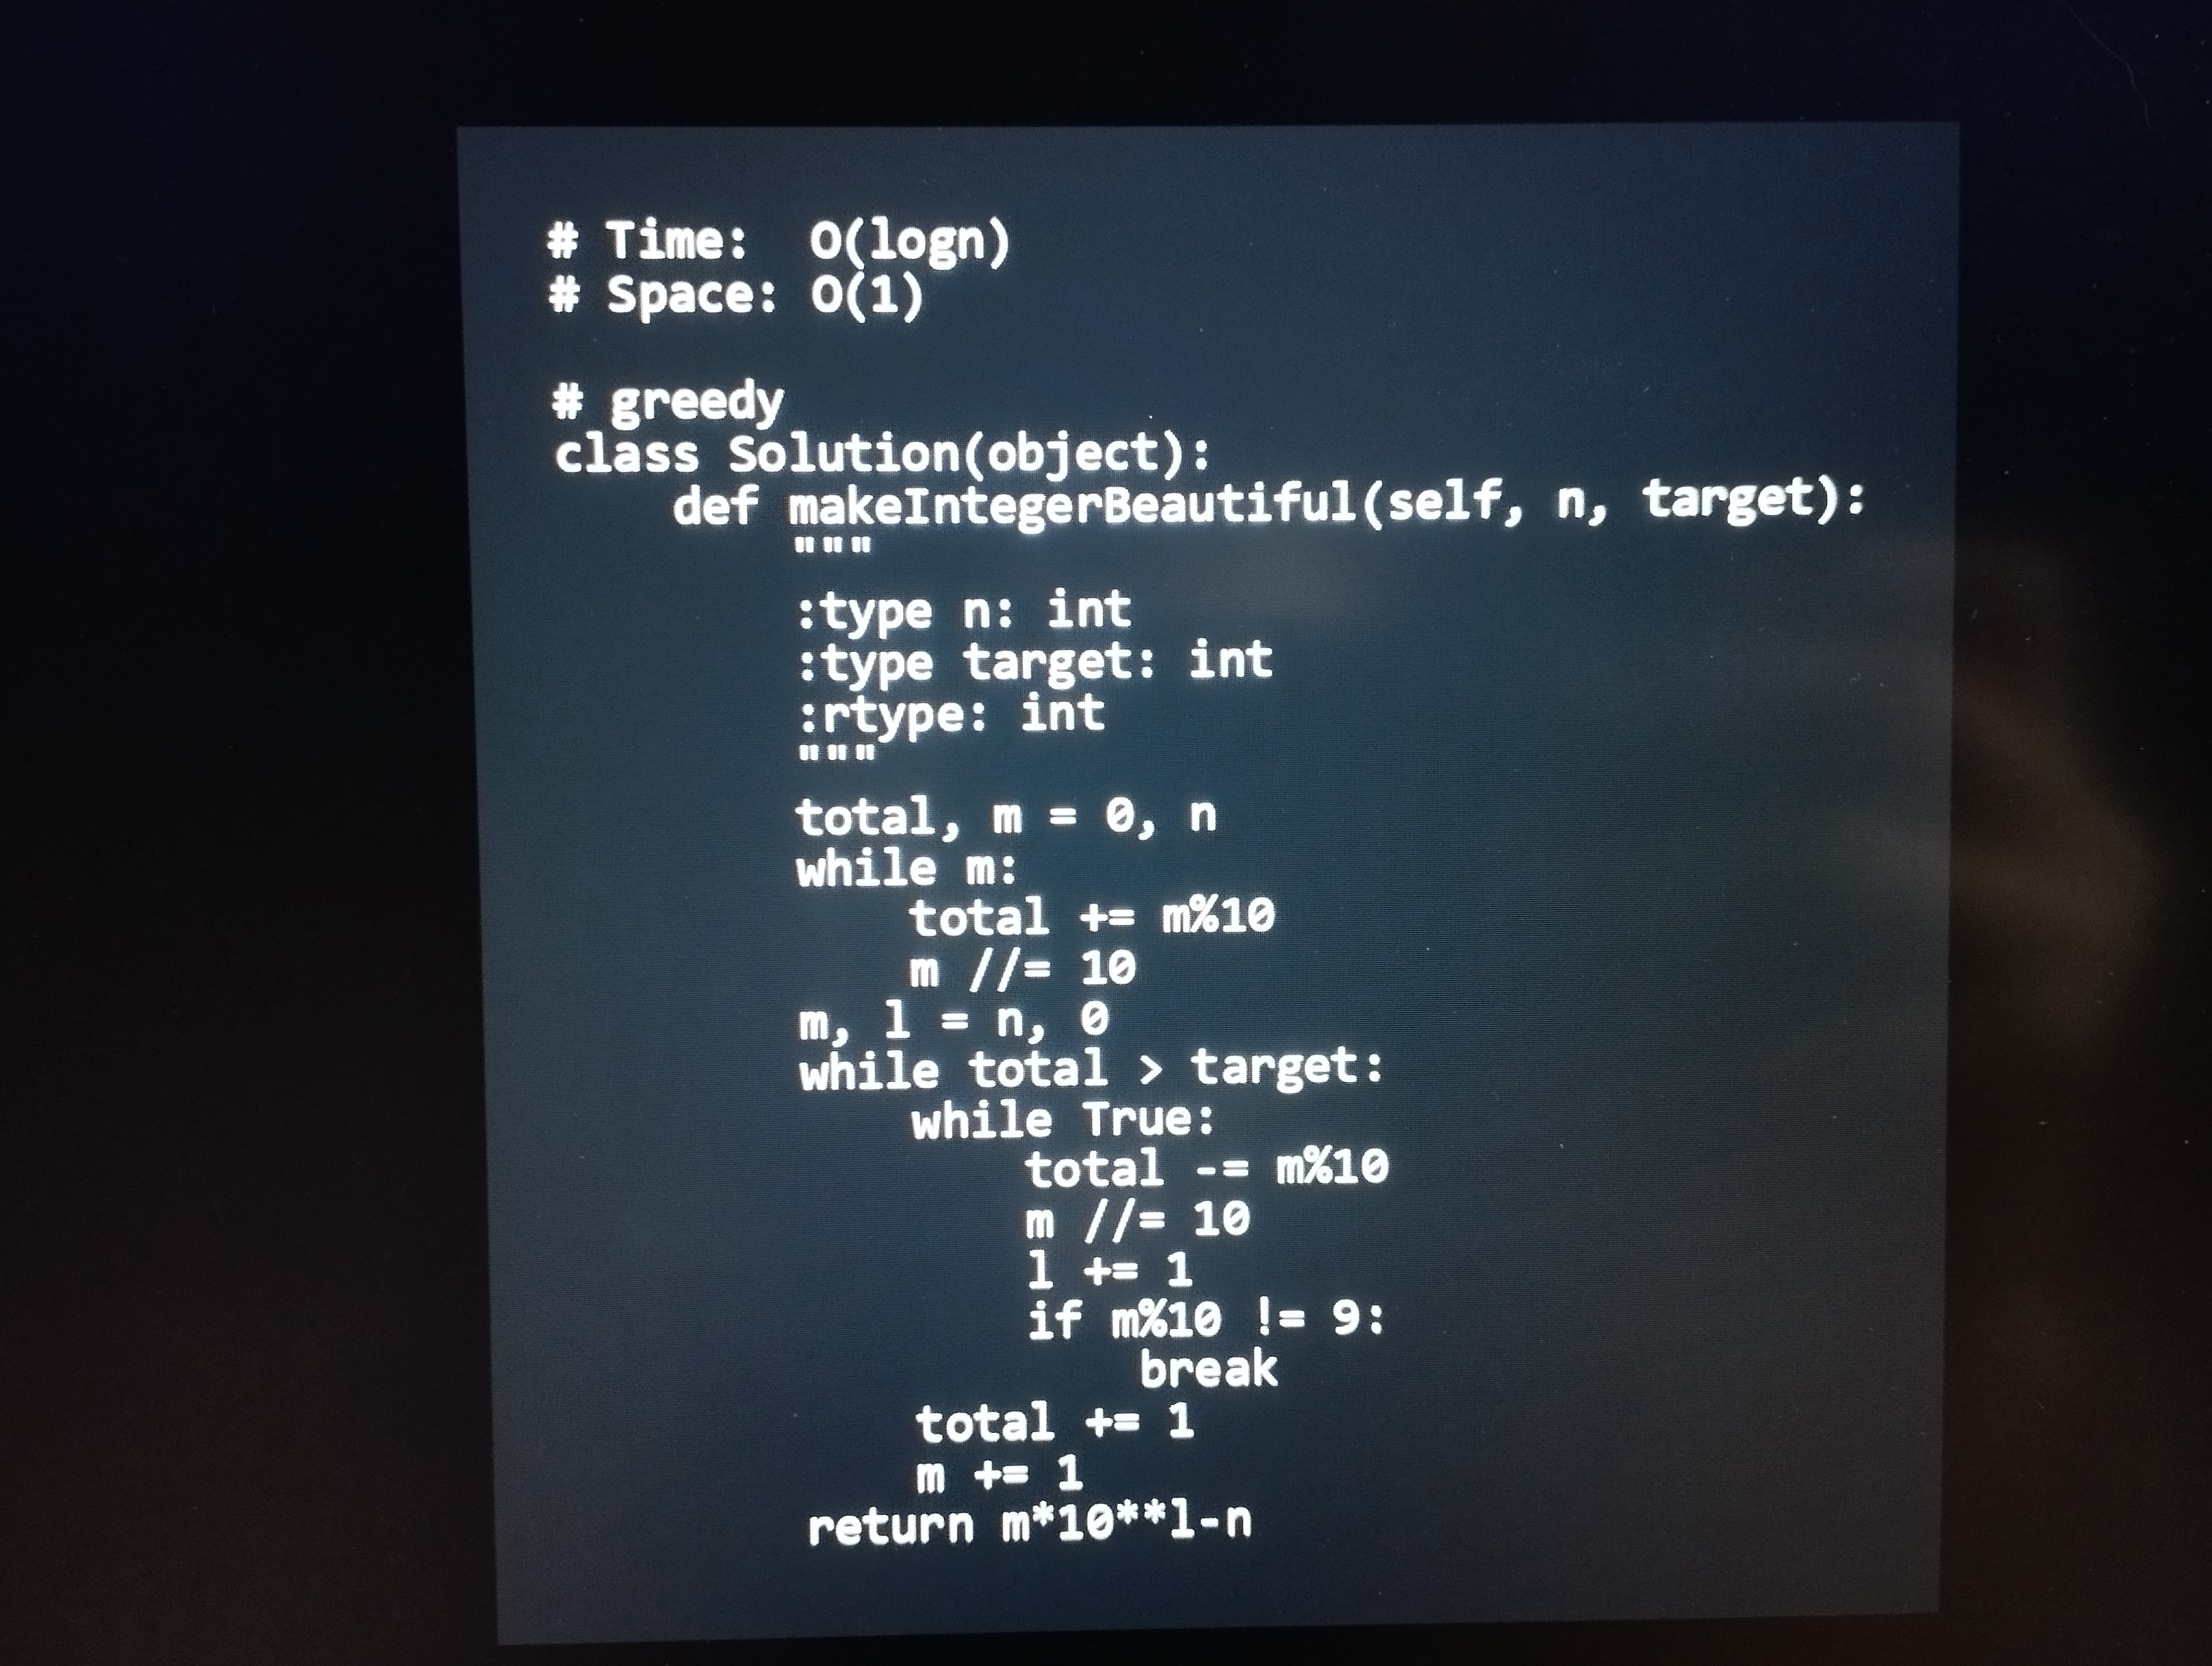
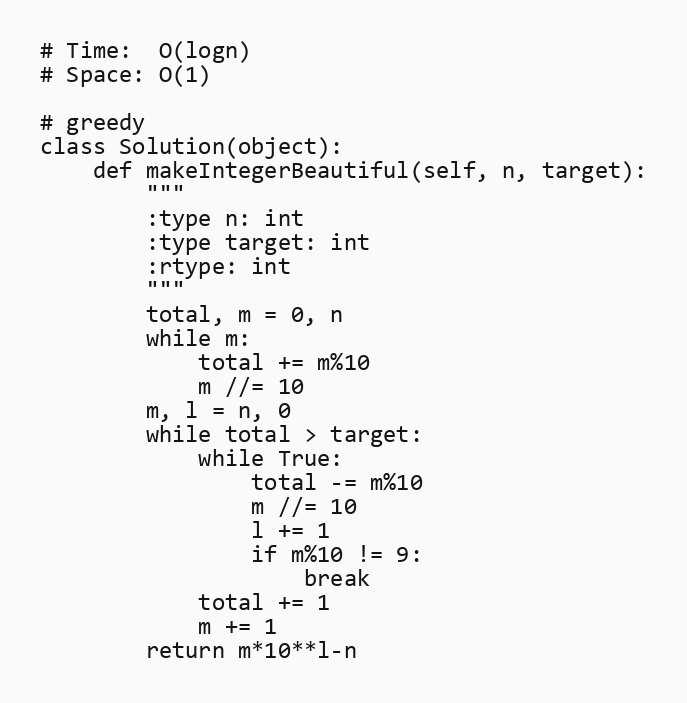
# Time:  O(logn)
# Space: O(1)

# greedy
class Solution(object):
    def makeIntegerBeautiful(self, n, target):
        """
        :type n: int
        :type target: int
        :rtype: int
        """
        total, m = 0, n
        while m:
            total += m%10
            m //= 10
        m, l = n, 0
        while total > target:
            while True:
                total -= m%10
                m //= 10
                l += 1
                if m%10 != 9:
                    break
            total += 1
            m += 1
        return m*10**l-n